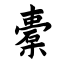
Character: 橐